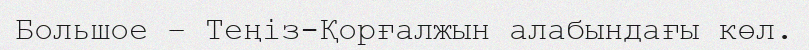
Большое – Теңіз-Қорғалжын алабындағы көл.